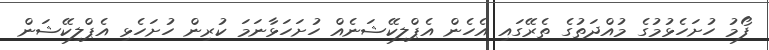
ފޯމު ހުށަހެޅުމުގެ މުއްދަތުގެ ތެރޭގައި އެހެން އެޕްލިކޭޝަނެއް ހުށަހަޅާނަމަ ކުރިން ހުށަހެޅި އެޕްލިކޭޝަން